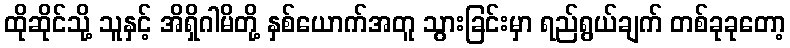
ထိုဆိုင်သို့ သူနှင့် အိရှိဂါမိတို့ နှစ်ယောက်အတူ သွားခြင်းမှာ ရည်ရွယ်ချက် တစ်ခုခုတော့